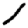
Digit: 1